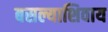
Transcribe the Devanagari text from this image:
बसल्याशिवाय